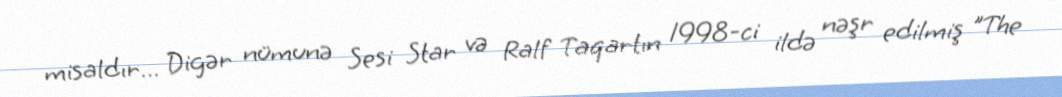
misaldır… Digər nümunə Sesi Star və Ralf Taqartın 1998-ci ildə nəşr edilmiş "The